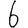
Digit: 6